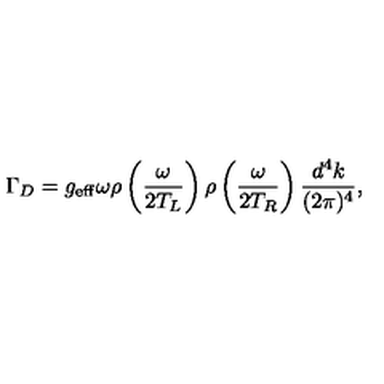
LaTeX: \Gamma _ { D } = g _ { \mathrm { e f f } } \omega \rho \left( \frac { \omega } { 2 T _ { L } } \right) \rho \left( \frac { \omega } { 2 T _ { R } } \right) \frac { d ^ { 4 } k } { ( 2 \pi ) ^ { 4 } } ,